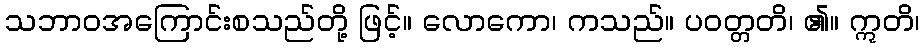
သဘာဝအကြောင်းစသည်တို့ ဖြင့်။ လောကော၊ ကသည်။ ပဝတ္တတိ၊ ၏။ ဣတိ၊